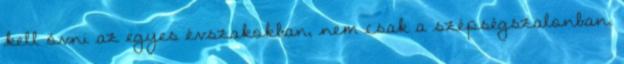
kell óvni az egyes évszakokban, nem csak a szépségszalonban,